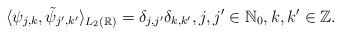
LaTeX: \begin{align*}\langle \psi_{j,k} , \tilde{\psi}_{j',k'} \rangle_{L_{2}(\mathbb{R})} = \delta_{j , j'} \delta_{k , k'} , j, j' \in \mathbb{N}_{0}, k, k' \in \mathbb{Z} .\end{align*}